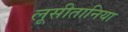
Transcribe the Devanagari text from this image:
लूसीतानिया